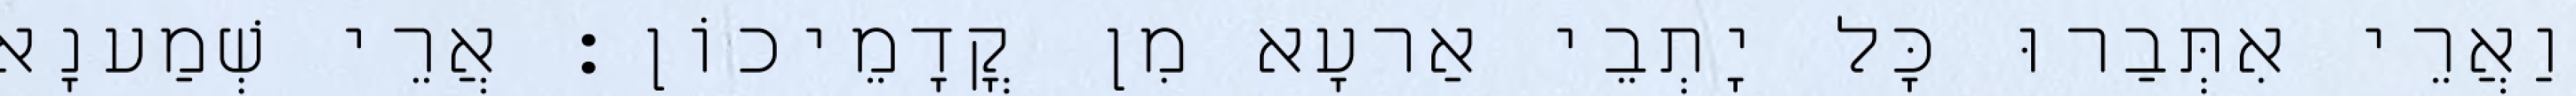
וַאֲרֵי אִתְּבַרוּ כָּל יָתְבֵי אַרעָא מִן קֳדָמֵיכוֹן׃ אֲרֵי שְׁמַענָא